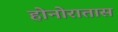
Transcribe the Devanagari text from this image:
होनोरातास